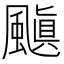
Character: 𮨰